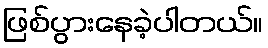
ဖြစ်ပွားနေခဲ့ပါတယ်။